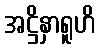
အဋ္ဌိနှာရူဟိ